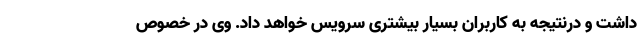
داشت و درنتیجه به کاربران بسیار بیشتری سرویس خواهد داد. وی در خصوص